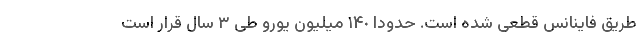
طریق فاینانس قطعی شده است. حدودا ١۴٠ میلیون یورو طی ٣ سال قرار است